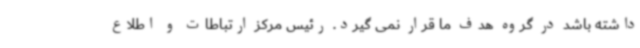
داشته باشد در گروه هدف ما قرار نمی گیرد. رئیس مرکز ارتباطات و اطلاع